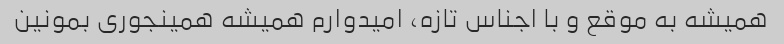
همیشه به موقع و با اجناس تازه، امیدوارم همیشه همینجوری بمونین